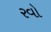
રવો